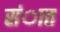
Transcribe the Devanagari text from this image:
संात